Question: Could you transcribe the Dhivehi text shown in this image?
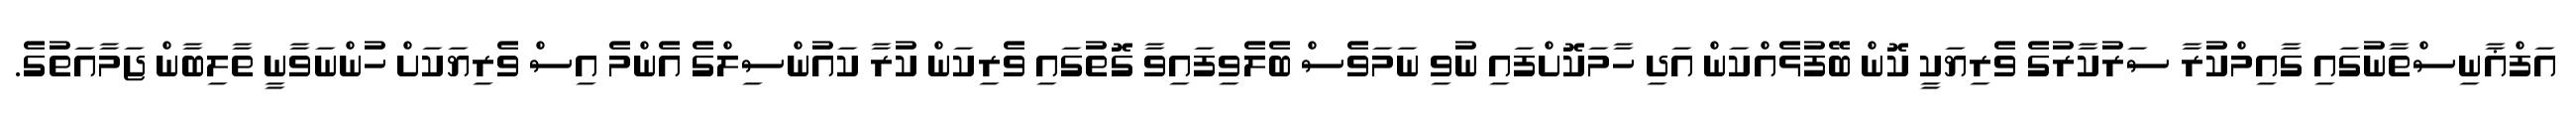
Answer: އަފްޣާނިސްތާނުގައި ގާއިމްކުރާ ސަރުކާރުގެ ވެރިޔަކީ ކޮން ބޭފުޅެއްކަން އަދި ހާމަކޮށްފައި ނުވި ނަމަވެސް ބެލެވިފައިވާ ގޮތުގައި ވެރިކަން ކުރާ ކައުންސިލްގެ އެންމެ އިސް ވެރިޔަކަށް ހުންނަވާނީ ތާލިބާން ޖަމާއަތުގެ.